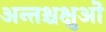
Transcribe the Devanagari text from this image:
अन्तश्चक्षुओं